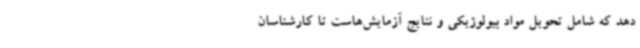
دهد که شامل تحویل مواد بیولوژیکی و نتایج آزمایش‌هاست تا کارشناسان